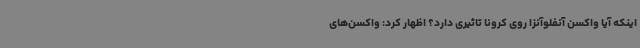
اینکه آیا واکسن آنفلوآنزا روی کرونا تاثیری دارد؟ اظهار کرد: واکسن‌های